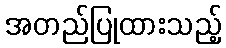
အတည်ပြုထားသည့်